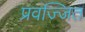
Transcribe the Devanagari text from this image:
प्रवज्जित